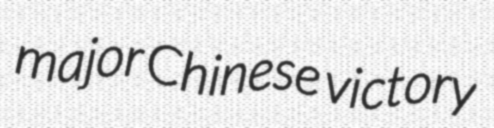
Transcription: major Chinese victory